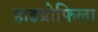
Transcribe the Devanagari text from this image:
हाइग्रोफिला